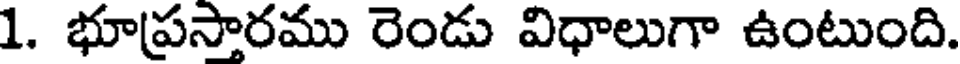
1. భూప్రసారము రెండు విధాలుగా ఉంటుంది.